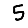
Digit: 5